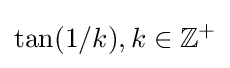
\tan(1/k),k\in \mathbb {Z} ^{+}